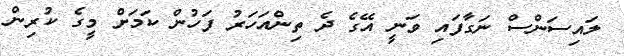
ލައިސަންސް ނަގާފައި ވަނީ އޭގެ ދެ ތިންއަހަރު ފަހުން ކަމަށް މީގެ ކުރިން